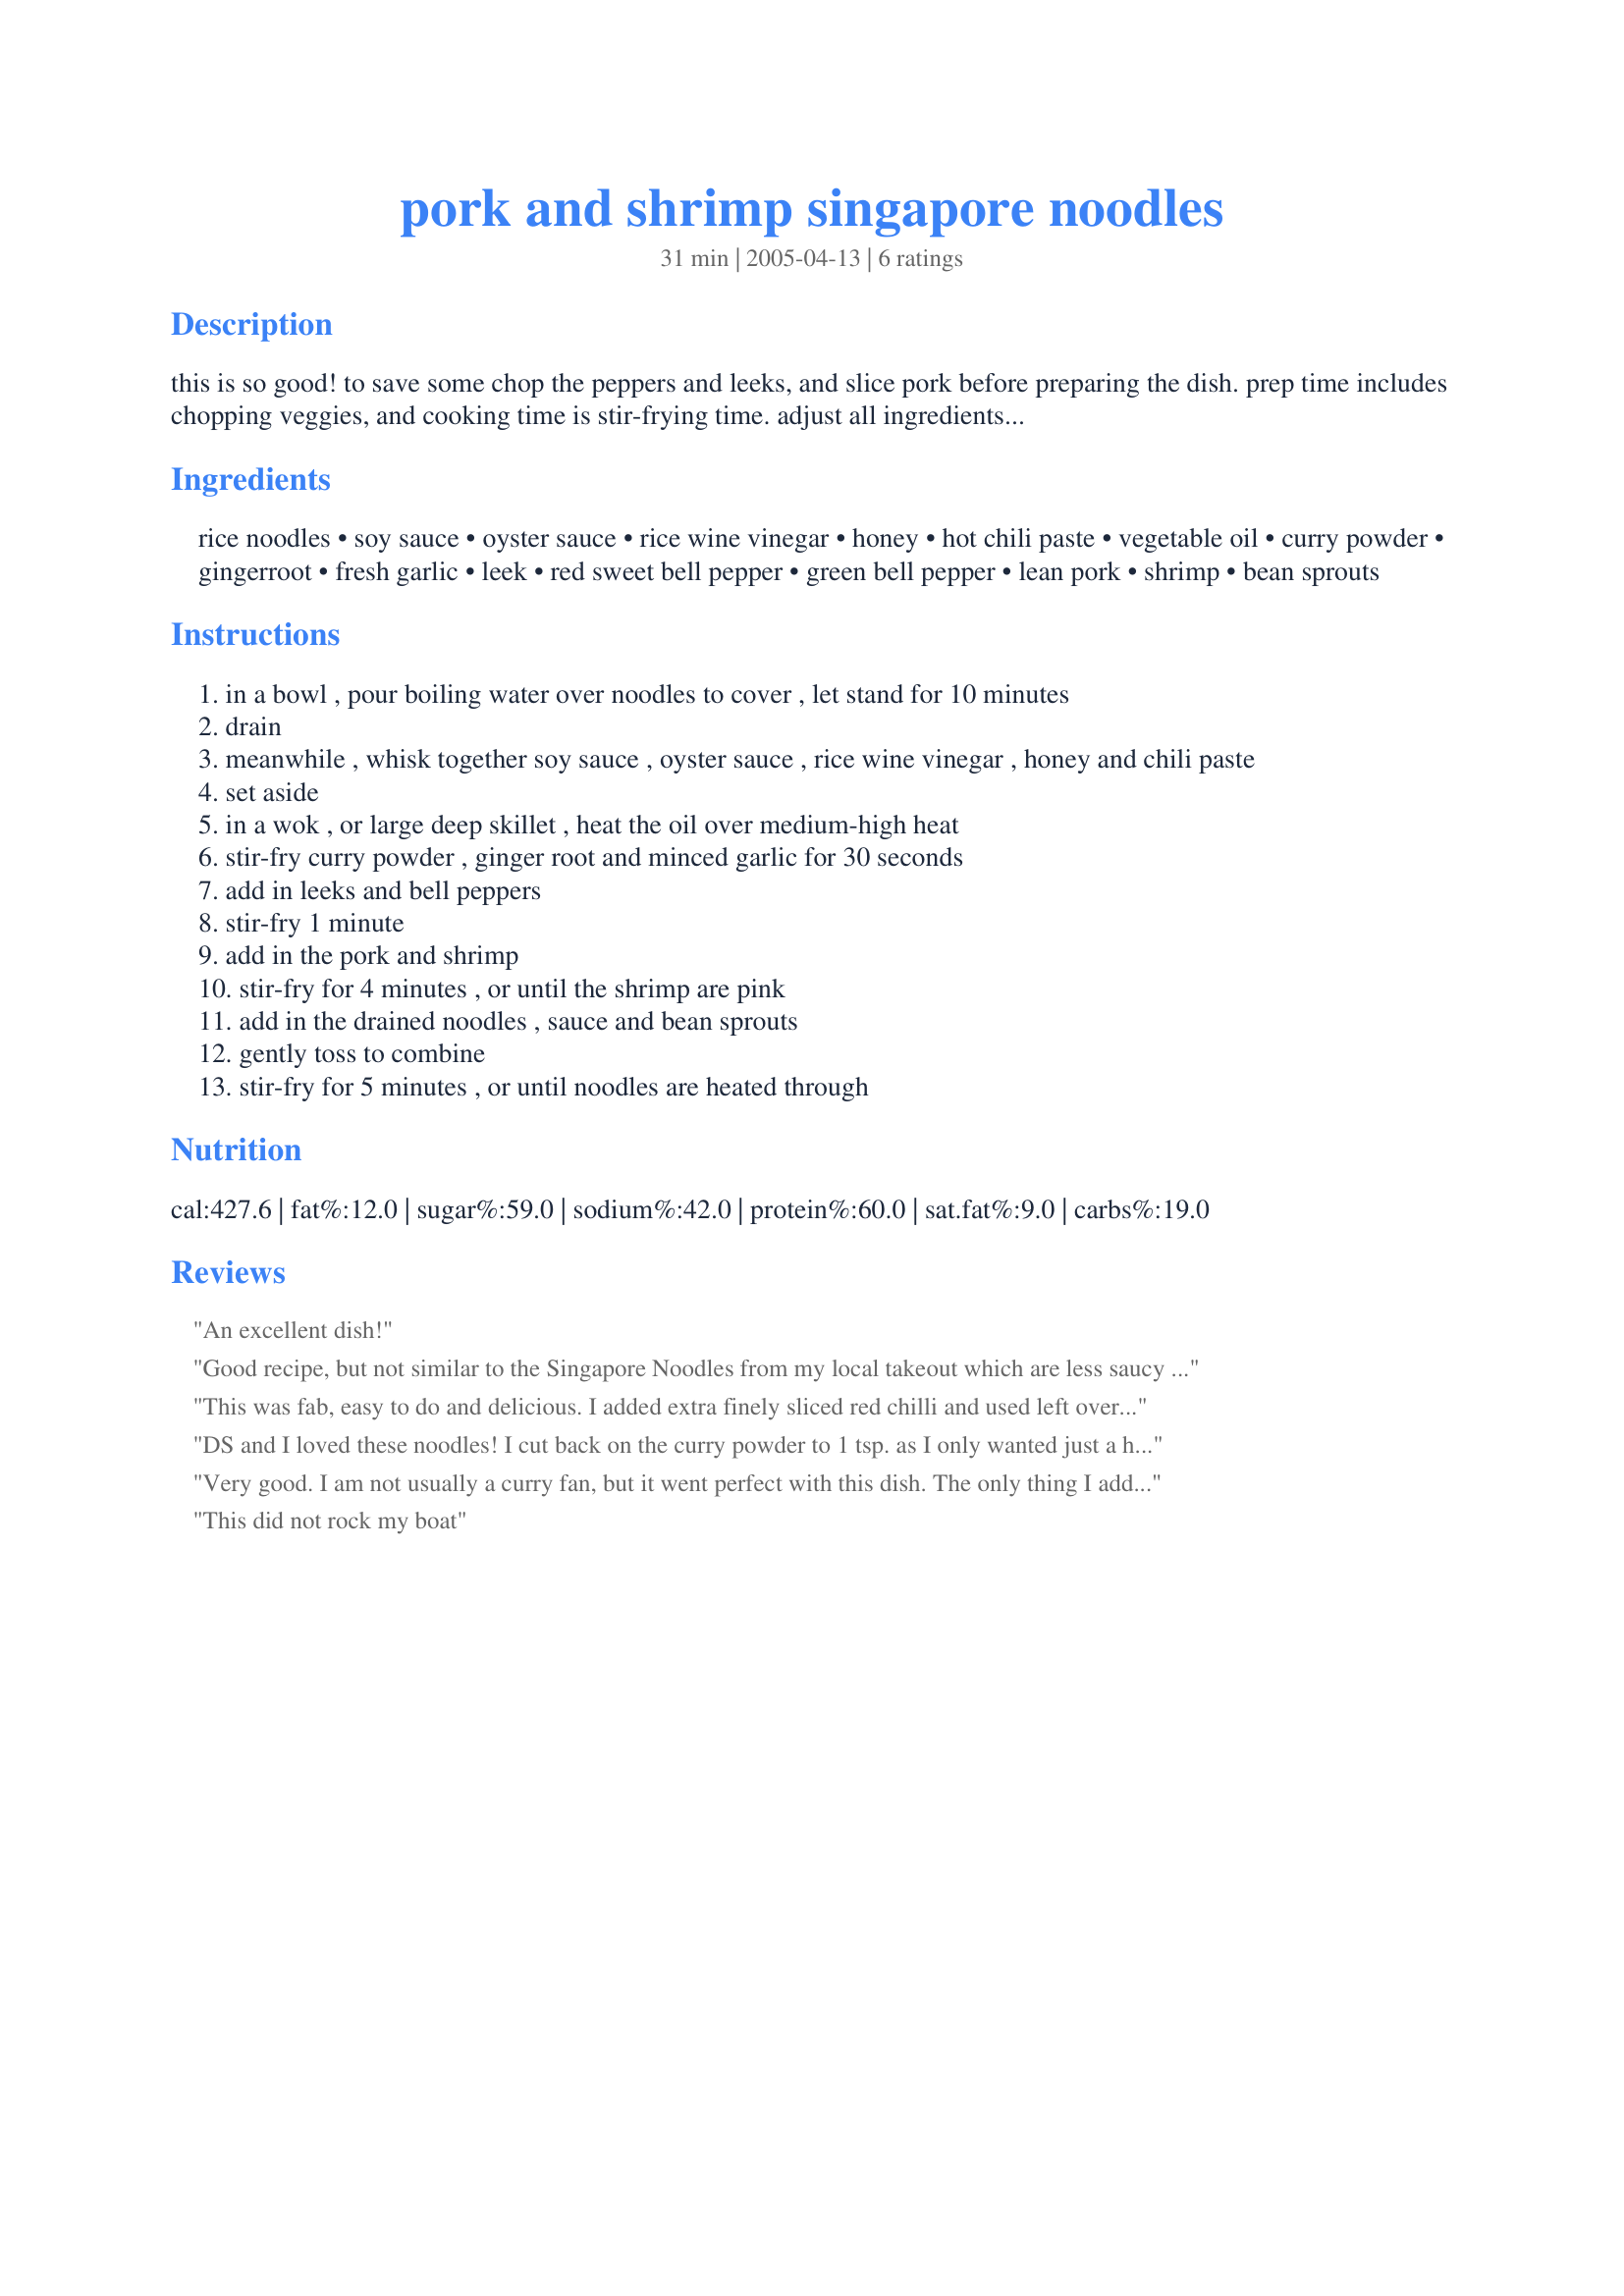
pork and shrimp singapore noodles
Preparation time: 31 minutes

this is so good! to save some chop the peppers and leeks, and slice pork before preparing the dish. prep time includes chopping veggies, and cooking time is stir-frying time. adjust all ingredients to taste.

Ingredients:
rice noodles, soy sauce, oyster sauce, rice wine vinegar, honey, hot chili paste, vegetable oil, curry powder, gingerroot, fresh garlic, leek, red sweet bell pepper, green bell pepper, lean pork, shrimp, bean sprouts

Steps:
in a bowl , pour boiling water over noodles to cover , let stand for 10 minutes
drain
meanwhile , whisk together soy sauce , oyster sauce , rice wine vinegar , honey and chili paste
set aside
in a wok , or large deep skillet , heat the oil over medium-high heat
stir-fry curry powder , ginger root and minced garlic for 30 seconds
add in leeks and bell peppers
stir-fry 1 minute
add in the pork and shrimp
stir-fry for 4 minutes , or until the shrimp are pink
add in the drained noodles , sauce and bean sprouts
gently toss to combine
stir-fry for 5 minutes , or until noodles are heated through

Reviews:
An excellent dish!
Good recipe, but not similar to the Singapore Noodles from my local takeout which are less saucy and more spicy. The dish was mild and flavourful. Prepping everything in advance as recommended made it easy to cook.
This was fab, easy to do and delicious. I added extra finely sliced red chilli and used left over roast pork and cooked prawns so I only heated them through - you could definitely use any veg you like, I added edamame beans, peas & carrots. The balance of the flavourings was perfect. Will make this again.
DS and I loved these noodles! I cut back on the curry powder to 1 tsp. as I only wanted just a hint of curry flavor, because it's not one of my favorite spices. We will have this again. Thank you!
Very good. I am not usually a curry fan, but it went perfect with this dish. The only thing I added was about a tbsp. of Tamari. Also used linguini instead of rice noodles. Will definately make this again !
This did not rock my boat
